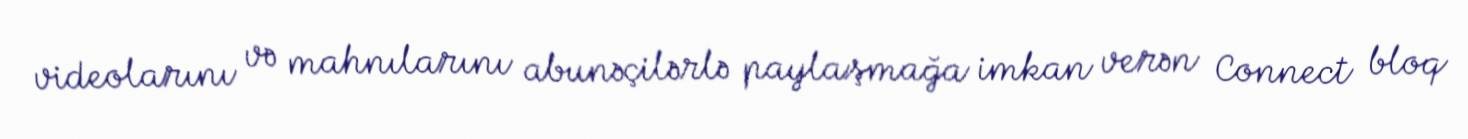
videolarını və mahnılarını abunəçilərlə paylaşmağa imkan verən Connect bloq